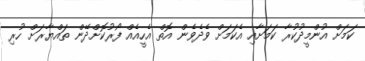
ކަމަށް އުންމީދުކުރާ ކަމަށާއި އެކަމަށް ވެދެވެން އޮތް އެހީއެއް ފޯރުކޮށްދޭން ތައްޔާރަށް ހުރި